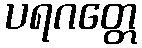
ပရဂတ္တေ